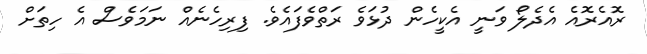
ރޮއެރޮއެ އެދެލޯ ވަނީ އެކީހެން ދުޅަވެ ރަތްވެފައެވެ. ފިރިހެނެއް ނަމަވެސް އެ ހިތަށް